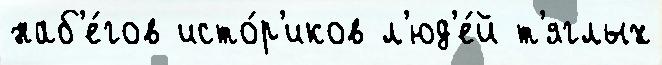
наб'е́гов исто́р'иков л'юд'е́й т'яглых